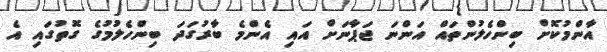
އާންމުކޮށް ބިންހެލުންތައް އަންނަ ޖަޕާނަށް އައި އެންމެ ބާރުގަދަ ބިންހެލުމުގެ ގޮތުގައި އެ